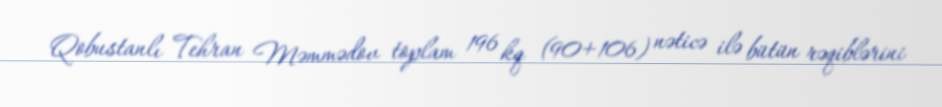
Qobustanlı Tehran Məmmədov toplam 196 kq (90+106) nəticə ilə bütün rəqiblərini